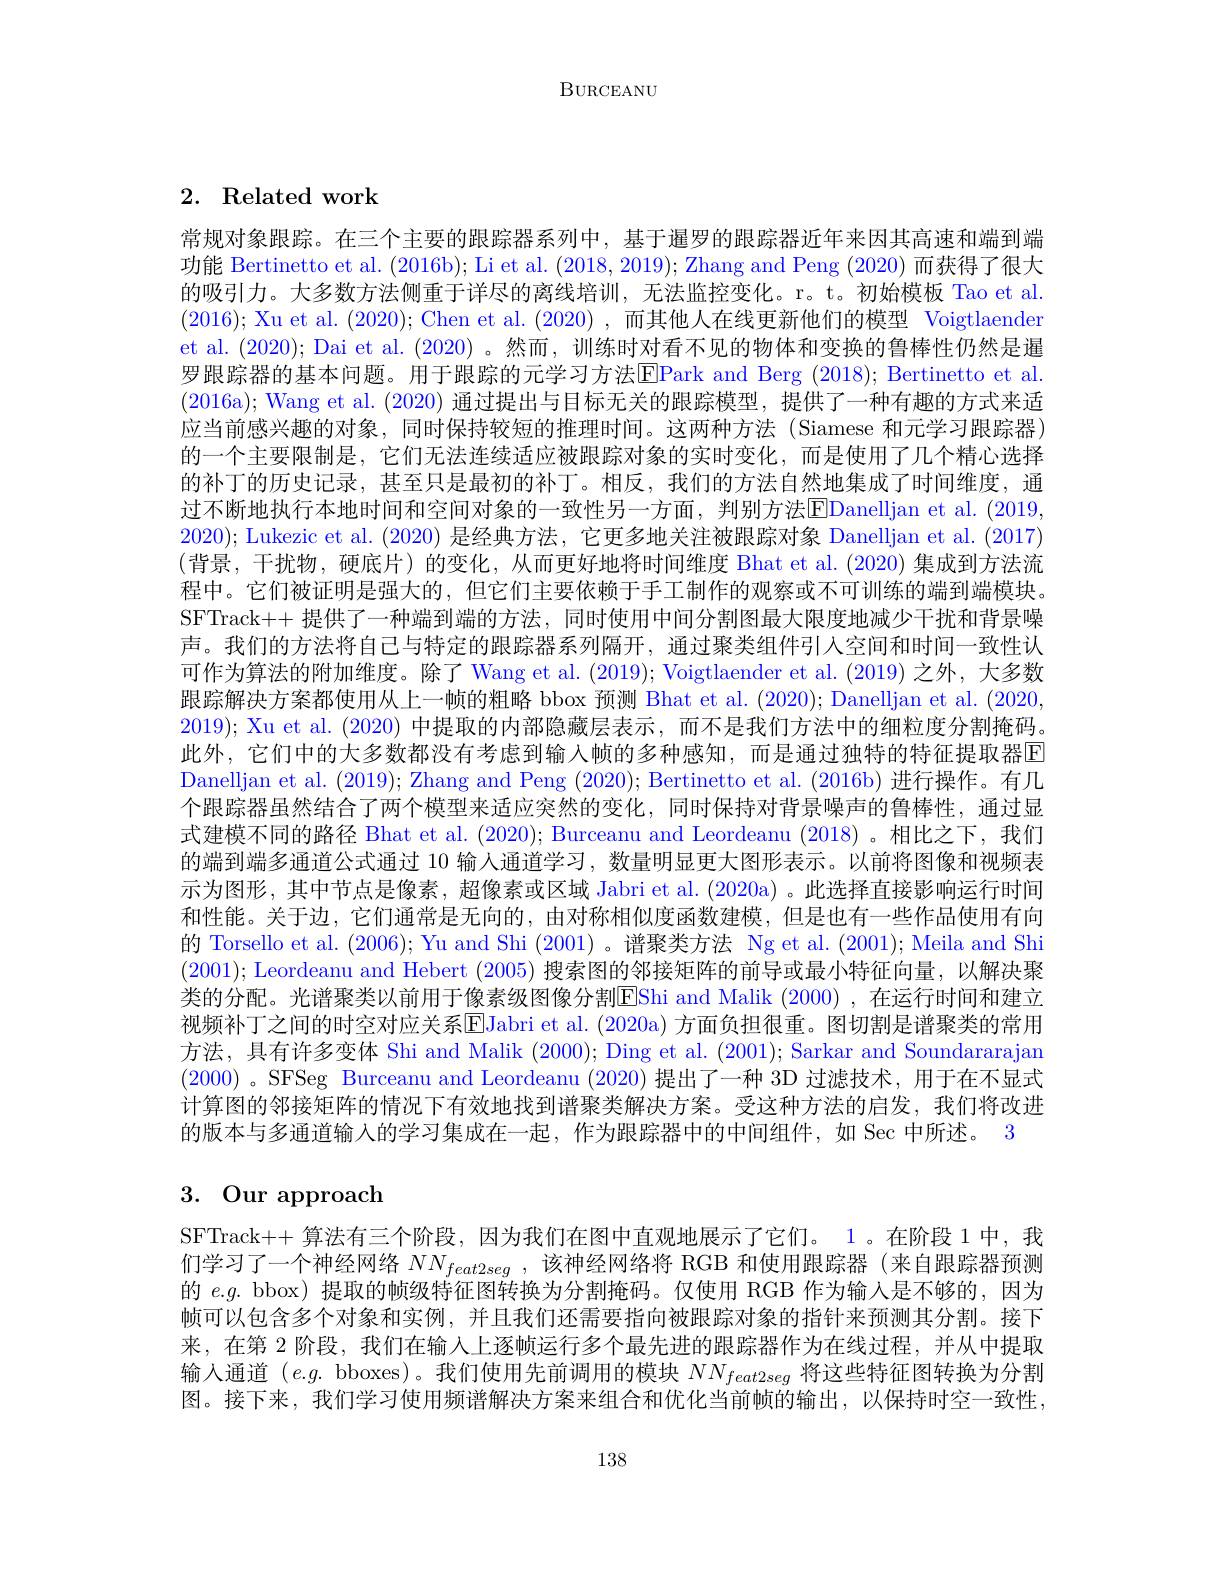
BURCEANU

# 2. Related work

常规对象跟踪。在三个主要的跟踪器系列中，基于暹罗的跟踪器近年来因其高速和端到端功能 Bertinetto et al. (2016b); Li et al. (2018,2019); Zhang and Peng (2020) 而获得了很大的吸引力。大多数方法侧重于详尽的离线培训，无法监控变化。r。t。初始模板 Tao et al. (2016); Xu et al. (2020); Chen et al. (2020),而其他人在线更新他们的模型 Voigtlaender et al. (2020); Dai et al. (2020) 。然而，训练时对看不见的物体和变换的鲁棒性仍然是暹罗跟踪器的基本问题。用于跟踪的元学习方法$\overline{\mathrm{E}}$Park and Berg (2018); Bertinetto et al. (2016a); Wang et al. (2020)通过提出与目标无关的跟踪模型，提供了一种有趣的方式来适应当前感兴趣的对象，同时保持较短的推理时间。这两种方法 (Siamese 和元学习跟踪器) 的一个主要限制是，它们无法连续适应被跟踪对象的实时变化，而是使用了几个精心选择的补丁的历史记录，甚至只是最初的补丁。相反，我们的方法自然地集成了时间维度，通过不断地执行本地时间和空间对象的一致性另一方面，判别方法$\overline{\mathrm{F}}$Danelljan et al.(2019, 2020); Lukezic et al. (2020)是经典方法，它更多地关注被跟踪对象 Danelljan et al. (2017) (背景，干扰物，硬底片)的变化，从而更好地将时间维度 Bhat et al.(2020)集成到方法流程中。它们被证明是强大的，但它们主要依赖于手工制作的观察或不可训练的端到端模块。SFTrack++ 提供了一种端到端的方法，同时使用中间分割图最大限度地减少干扰和背景噪声。我们的方法将自己与特定的跟踪器系列隔开，通过聚类组件引人空间和时间一致性认可作为算法的附加维度。除了 Wang et al. (2019); Voigtlaender et al. (2019) 之外，大多数跟踪解决方案都使用从上一帧的粗略 bbox 预测 Bhat et al. (2020); Danelljan et al. (2020, 2019); Xu et al. (2020)中提取的内部隐藏层表示，而不是我们方法中的细粒度分割掩码。此外，它们中的大多数都没有考虑到输入帧的多种感知，而是通过独特的特征提取器$\overline{\mathrm{E}}$ Danelljan et al. (2019); Zhang and Peng (2020); Bertinetto et al. (2016b) 进行操作。有几个跟踪器虽然结合了两个模型来适应突然的变化，同时保持对背景噪声的鲁棒性，通过显式建模不同的路径 Bhat et al. (2020); Burceanu and Leordeanu (2018) 。相比之下，我们的端到端多通道公式通过 10 输人通道学习，数量明显更大图形表示。以前将图像和视频表示为图形，其中节点是像素，超像素或区域 Jabri et al. (2020a) 。此选择直接影响运行时间和性能。关于边，它们通常是无向的，由对称相似度函数建模，但是也有一些作品使用有向的 Torsello et al. (2006); Yu and Shi (2001) 。谱聚类方法 Ng et al.(2001); Meila and Shi (2001); Leordeanu and Hebert (2005)搜索图的邻接矩阵的前导或最小特征向量，以解决聚类的分配。光谱聚类以前用于像素级图像分割ElShi and Malik (2000) ,在运行时间和建立视频补丁之间的时空对应关系$\overline{\mathrm{E}}$Jabri et al. (2020a) 方面负担很重。图切割是谱聚类的常用方法，具有许多变体 Shi and Malik (2000); Ding et al. (2001); Sarkar and Soundararajan (2000) 。SFSeg Burceanu and Leordeanu (2020)提出了一种 3D 过滤技术，用于在不显式计算图的邻接矩阵的情况下有效地找到谱聚类解决方案。受这种方法的启发，我们将改进的版本与多通道输入的学习集成在一起，作为跟踪器中的中间组件，如 Sec 中所述。3

# 3. Our approach

SFTrack++ 算法有三个阶段，因为我们在图中直观地展示了它们。1。在阶段 1 中，我们学习了一个神经网络$NN_{feat2seg}$ ,该神经网络将 RGB 和使用跟踪器(来自跟踪器预测的$e.g.$ bbox) 提取的帧级特征图转换为分割掩码。仅使用 RGB 作为输入是不够的，因为帧可以包含多个对象和实例，并且我们还需要指向被跟踪对象的指针来预测其分割。接下来，在第 2 阶段，我们在输入上逐帧运行多个最先进的跟踪器作为在线过程，并从中提取输入通道$(e.g.$ bboxes)。我们使用先前调用的模块$NN_feat2seg$将这些特征图转换为分割图。接下来，我们学习使用频谱解决方案来组合和优化当前帧的输出，以保持时空一致性，

138